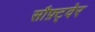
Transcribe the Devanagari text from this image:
सौफ़्ट्वेर